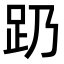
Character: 𬦠